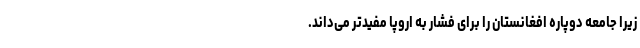
زیرا جامعه دوپاره افغانستان را برای فشار به اروپا مفیدتر می‌داند.